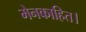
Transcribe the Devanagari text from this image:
मेनकाहित।